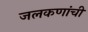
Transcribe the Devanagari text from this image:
जलकणांची